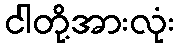
ငါတို့အားလုံး